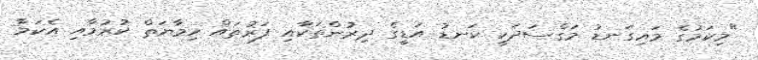
"މިކަމުގެ މައިގަނޑު މަގްސަދަކީ ކަނޑު އަޑީގެ ދިރުންތަކާއި ފަރުތައް ހިމާޔަތް ކުރުމާއި އެކަމާ